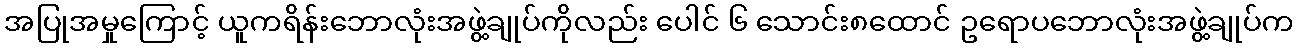
အပြုအမှုကြောင့် ယူကရိန်းဘောလုံးအဖွဲ့ချုပ်ကိုလည်း ပေါင် ၆ သောင်း၈ထောင် ဥရောပဘောလုံးအဖွဲ့ချုပ်က